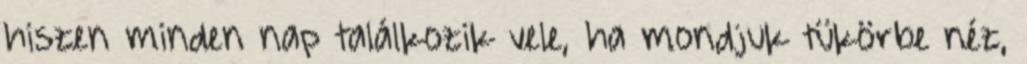
hiszen minden nap találkozik vele, ha mondjuk tükörbe néz,